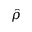
\hat { \rho }